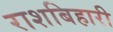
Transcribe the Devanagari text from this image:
राशबिहारी